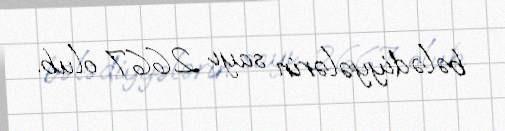
bələdiyyələrin sayı 2667 olub.